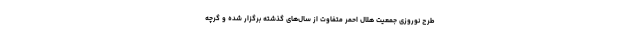
طرح نوروزی جمعیت هلال احمر متفاوت از سال‌های گذشته برگزار شده و گرچه